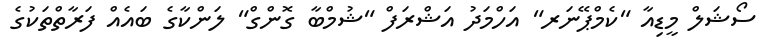
ސޯޝަލް މީޑިއާ "ކެމްޕޭނަރ" އަހްމަދު އަޝްރަފް "ޝުމްބާ ގޮންގް" ލަންކާގެ ބައެއް ފަރާތްތަކުގެ